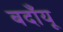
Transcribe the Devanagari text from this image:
बदाँयू